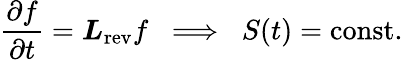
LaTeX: \frac{\partial f}{\partial t}=\boldsymbol{L}_{\mathrm{rev}}f\; \; \Longrightarrow\; \; S(t)=\mathrm{const.}